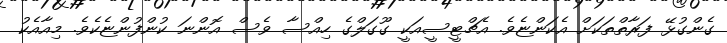
ގެންގުޅޭ ފަރާތްތަކަށް އެކަންޏެވެ. އެޗްޓީސީއަކީ ގޫގަލްގެ ހިއްސާ ވެސް އޮންނަ ކުންފުންޏެކެވެ. މިއާއެކު